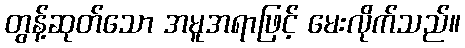
တွန့်ဆုတ်သော အမူအရာဖြင့် မေးလိုက်သည်။